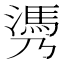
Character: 𰝄